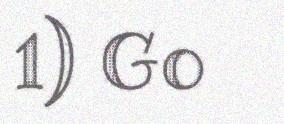
1) Go